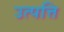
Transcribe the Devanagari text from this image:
उत्पत्ति